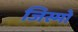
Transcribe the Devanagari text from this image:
जिस्मो